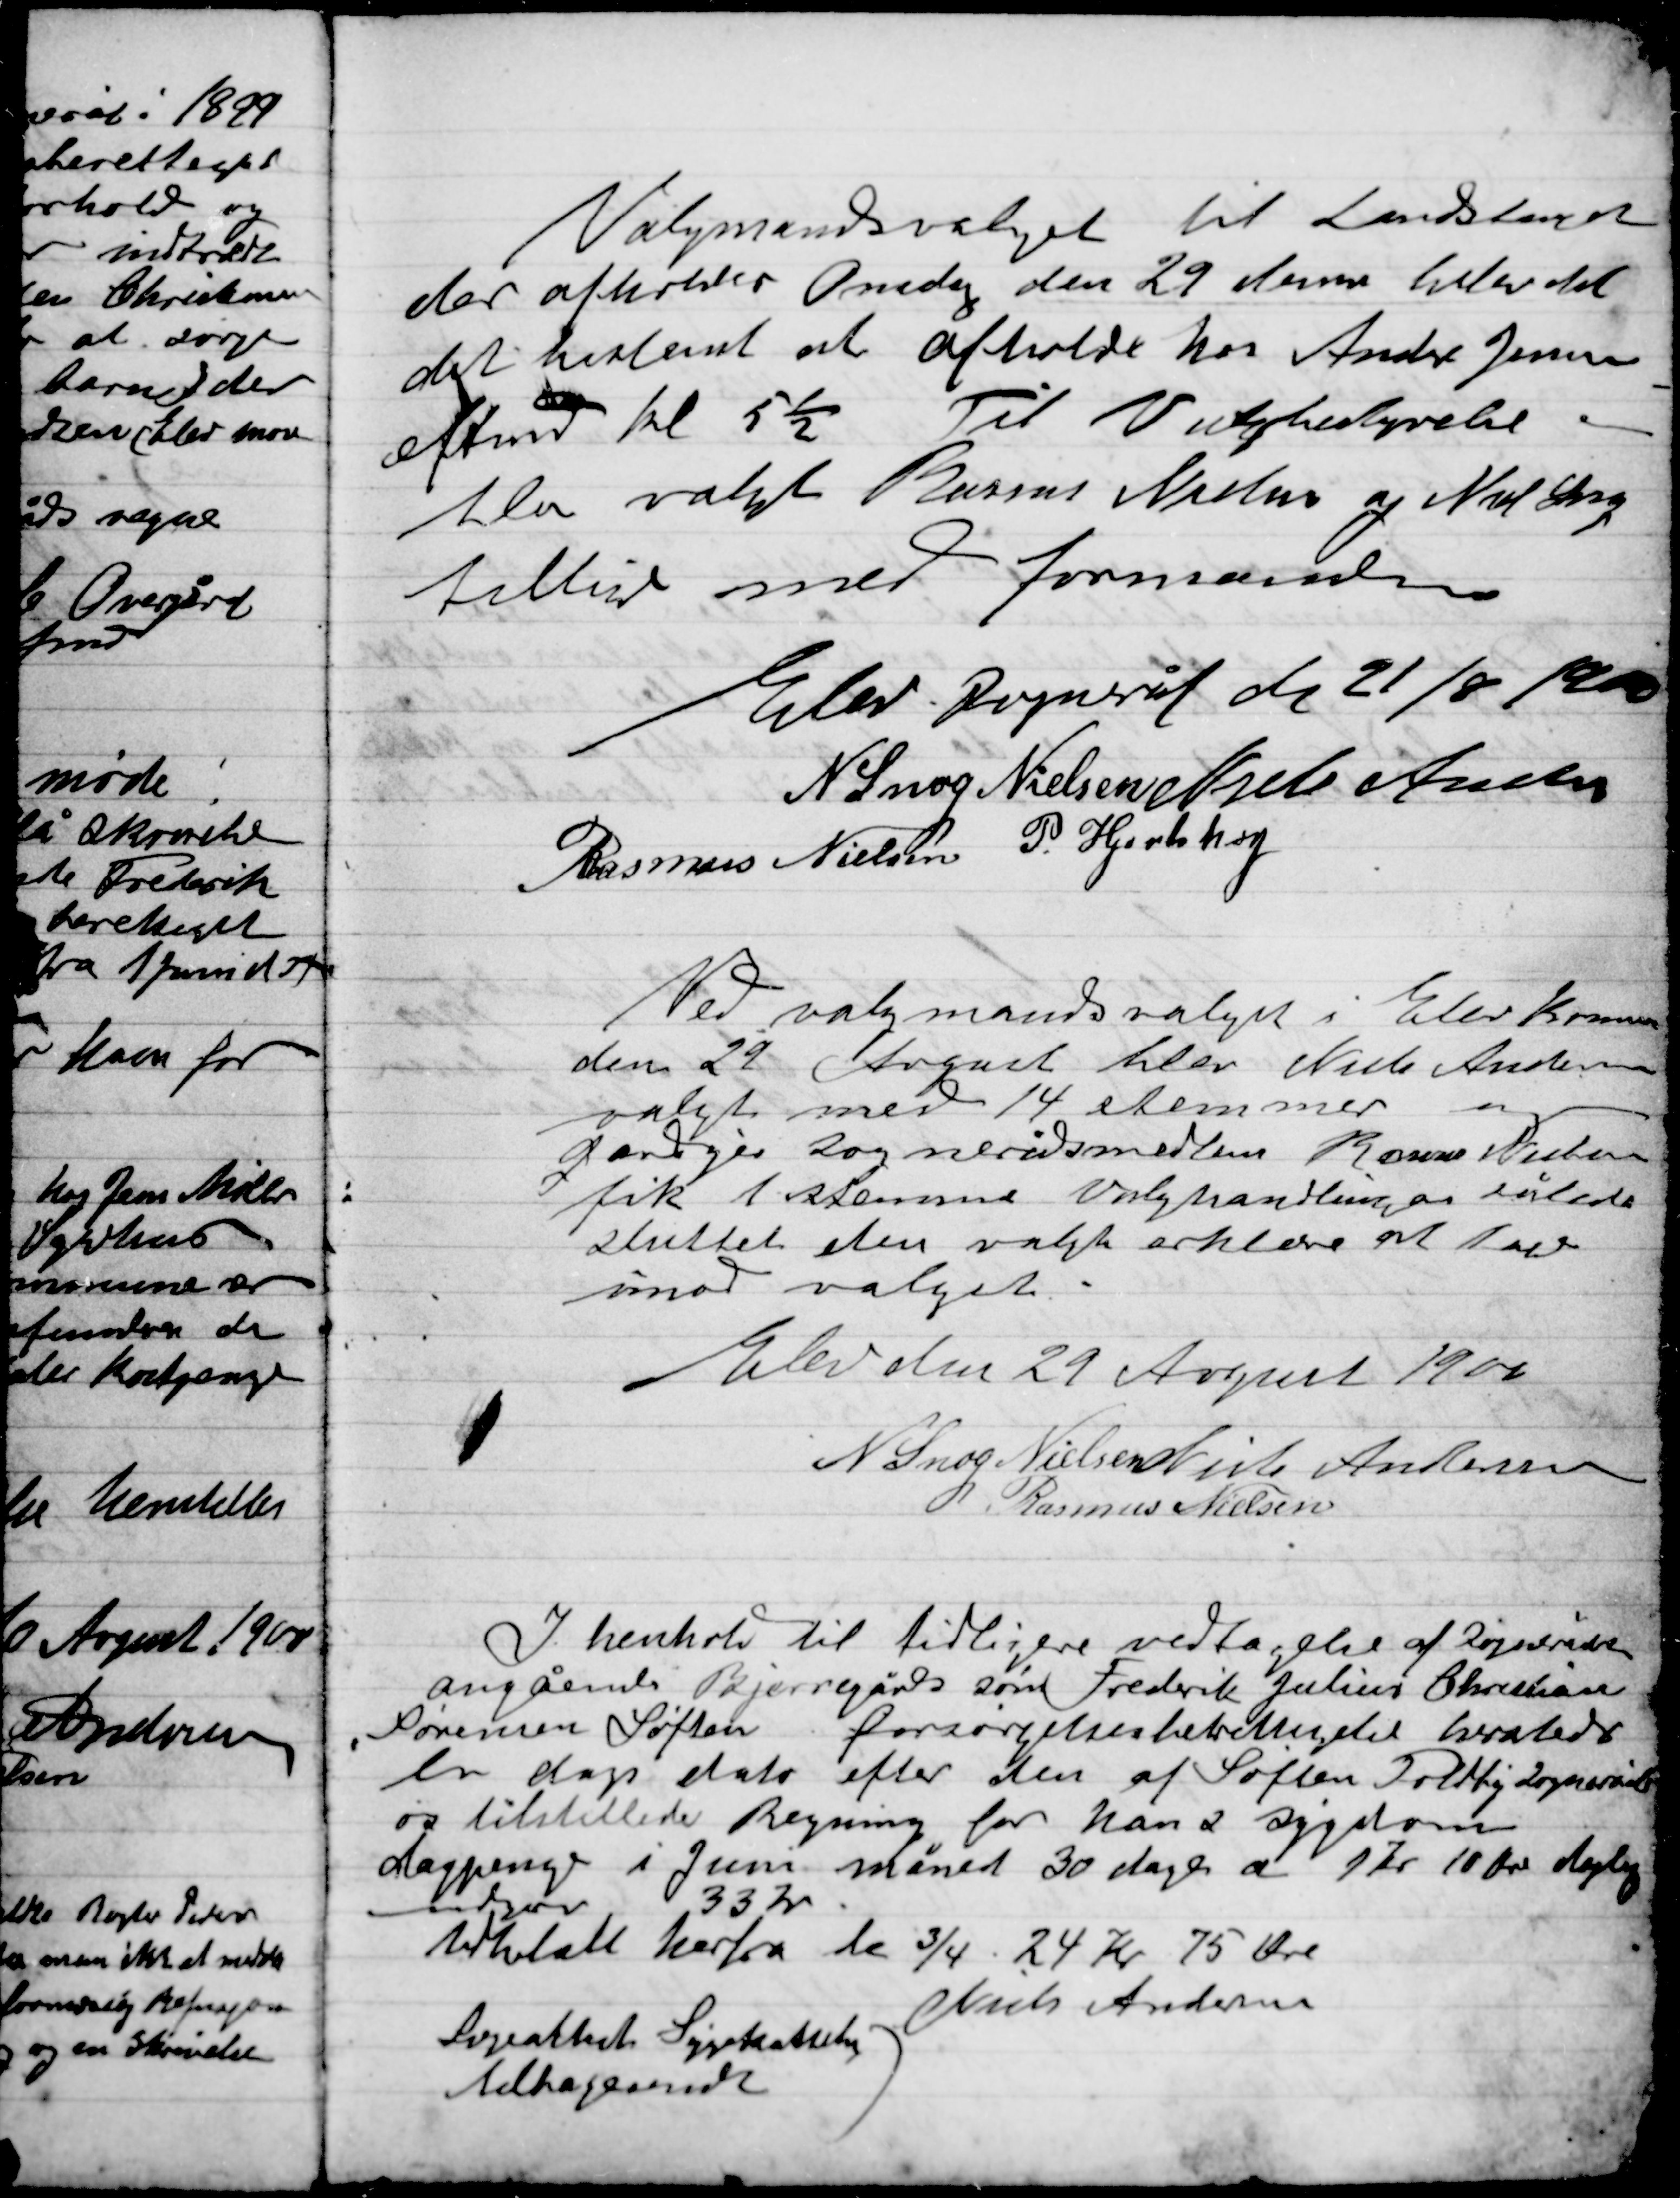
Transskription:
Valgmandsvalget til Landstinget
der afholdes Onsdag den 29 dennes blev det
det bestemt at afholde hos Anders Jensen
efter kl. 5½ Til Valgbestyrelse –
blev valgt Rasmus Nielsen og Niels Snog
tillige med formanden.

Elev Sogneråd d 21/8 1900

N. Snog Nielsen
Niels Andersen
Rasmus Nielsen
P. Hjortshøj

Ved valgmandsvalget i Elev Kommune
den 29 August blev Niels Andersen
valgt med 14 stemmer og
gårdejer sognerådsmedlem Rasmus Nielsen
fik 1 stemme Valghandlingen således
sluttet den valgte erklære at tage
imod valget

Elev den 29 August 1900

N. Snog Nielsen
Niels Anders
Rasmus Nielsen

I henhold til tidligere vedtagelse af Sognerådet
Angående Bjerregårds søn Frederik Julius Christian
Sørensen Søften forsørgelsesberettigelse hvorledes
en dags dato efter den af Søften Foldby Sogneråd
og tilstillede Regning for hans sygdom
dagpenge i Juni måned 30 dage a 1 Kr. 10 Øre daglig
samlet 33 Kr.
til betale herfra de ¾ 24 Kr. 75 Øre
Niels Andersen
 Sygekassebog
Tilbagesendes